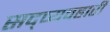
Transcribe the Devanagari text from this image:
सद्व्यवहारी